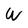
Character: W